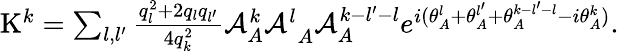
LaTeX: \begin{array}{r}{\mathrm{K}^{k}=\sum_{l,l^{\prime}}\frac{q_{l}^{2}+2q_{l}q_{l^{\prime}}}{4q_{k}^{2}}{\mathcal{A}_{A}^{k}\mathcal{A}^{l}}_{A}\mathcal{A}_{A}^{k-l^{\prime}-l}e^{i(\theta_{A}^{l}+\theta_{A}^{l^{\prime}}+\theta_{A}^{k-l^{\prime}-l}-{i\theta_{A}^{k}})}.}\end{array}